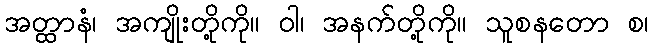
အတ္ထာနံ၊ အကျိုးတို့ကို။ ဝါ၊ အနက်တို့ကို။ သူစနတော စ၊